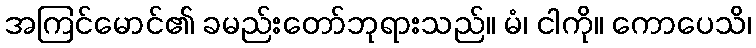
အကြင်မောင်၏ ခမည်းတော်ဘုရားသည်။ မံ၊ ငါကို။ ကောပေသိ၊